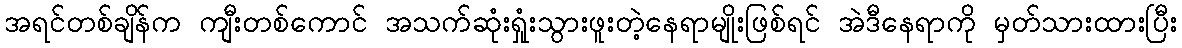
အရင်တစ်ချိန်က ကျီးတစ်ကောင် အသက်ဆုံးရှုံးသွားဖူးတဲ့နေရာမျိုးဖြစ်ရင် အဲဒီနေရာကို မှတ်သားထားပြီး